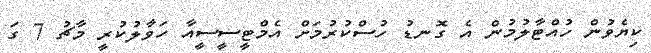
ކިޔެވުން ހުއްޓާލުމުން އެ ގޮނޑު ހުސްކުރުމަށް އެމްޓީސީސީއާ ހަވާލުކުރީ މާޗު 7 ގަ